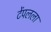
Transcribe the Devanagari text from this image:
टेंपलला